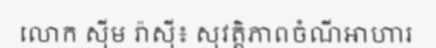
លោក ស៊ីម រ៉ាស៊ី៖ សុវត្តិភាពចំណីអាហារ